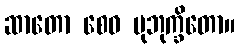
ဆာတော စေဝ ဗုဘုက္ခိတော။